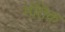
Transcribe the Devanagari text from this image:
मंतिक़